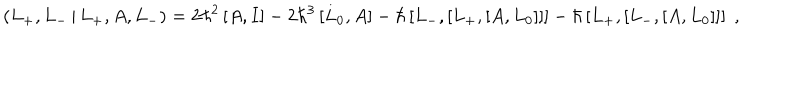
LaTeX: \left( L _ { + } , L _ { - } \, | \, L _ { + } , A , L _ { - } \right) = 2 \hbar ^ { 2 } \left[ A , I \right] - 2 \hbar ^ { 3 } \left[ L _ { 0 } , A \right] - \hbar \left[ L _ { - } , \left[ L _ { + } , \left[ A , L _ { 0 } \right] \right] \right] - \hbar \left[ L _ { + } , \left[ L _ { - } , \left[ A , L _ { 0 } \right] \right] \right] \; ,